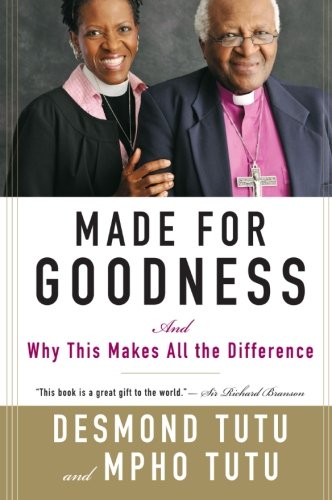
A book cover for Made for Goodness: And Why This Makes All the Difference; Desmond Tutu; Christian Books & Bibles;